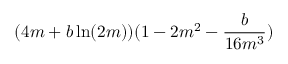
( 4 m + b \ln ( 2 m ) ) ( 1 - 2 m ^ { 2 } - \frac { b } { 1 6 m ^ { 3 } } )